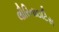
લૌરિનાઇટિસ